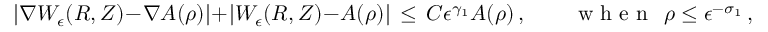
| \nabla W _ { \epsilon } ( R , Z ) - \nabla A ( \rho ) | + | W _ { \epsilon } ( R , Z ) - A ( \rho ) | \, \le \, C \epsilon ^ { \gamma _ { 1 } } A ( \rho ) \, , \qquad \mathrm { ~ w ~ h ~ e ~ n ~ } ~ \, \rho \le \epsilon ^ { - \sigma _ { 1 } } \, ,